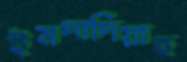
ইমদাদিয়াহ